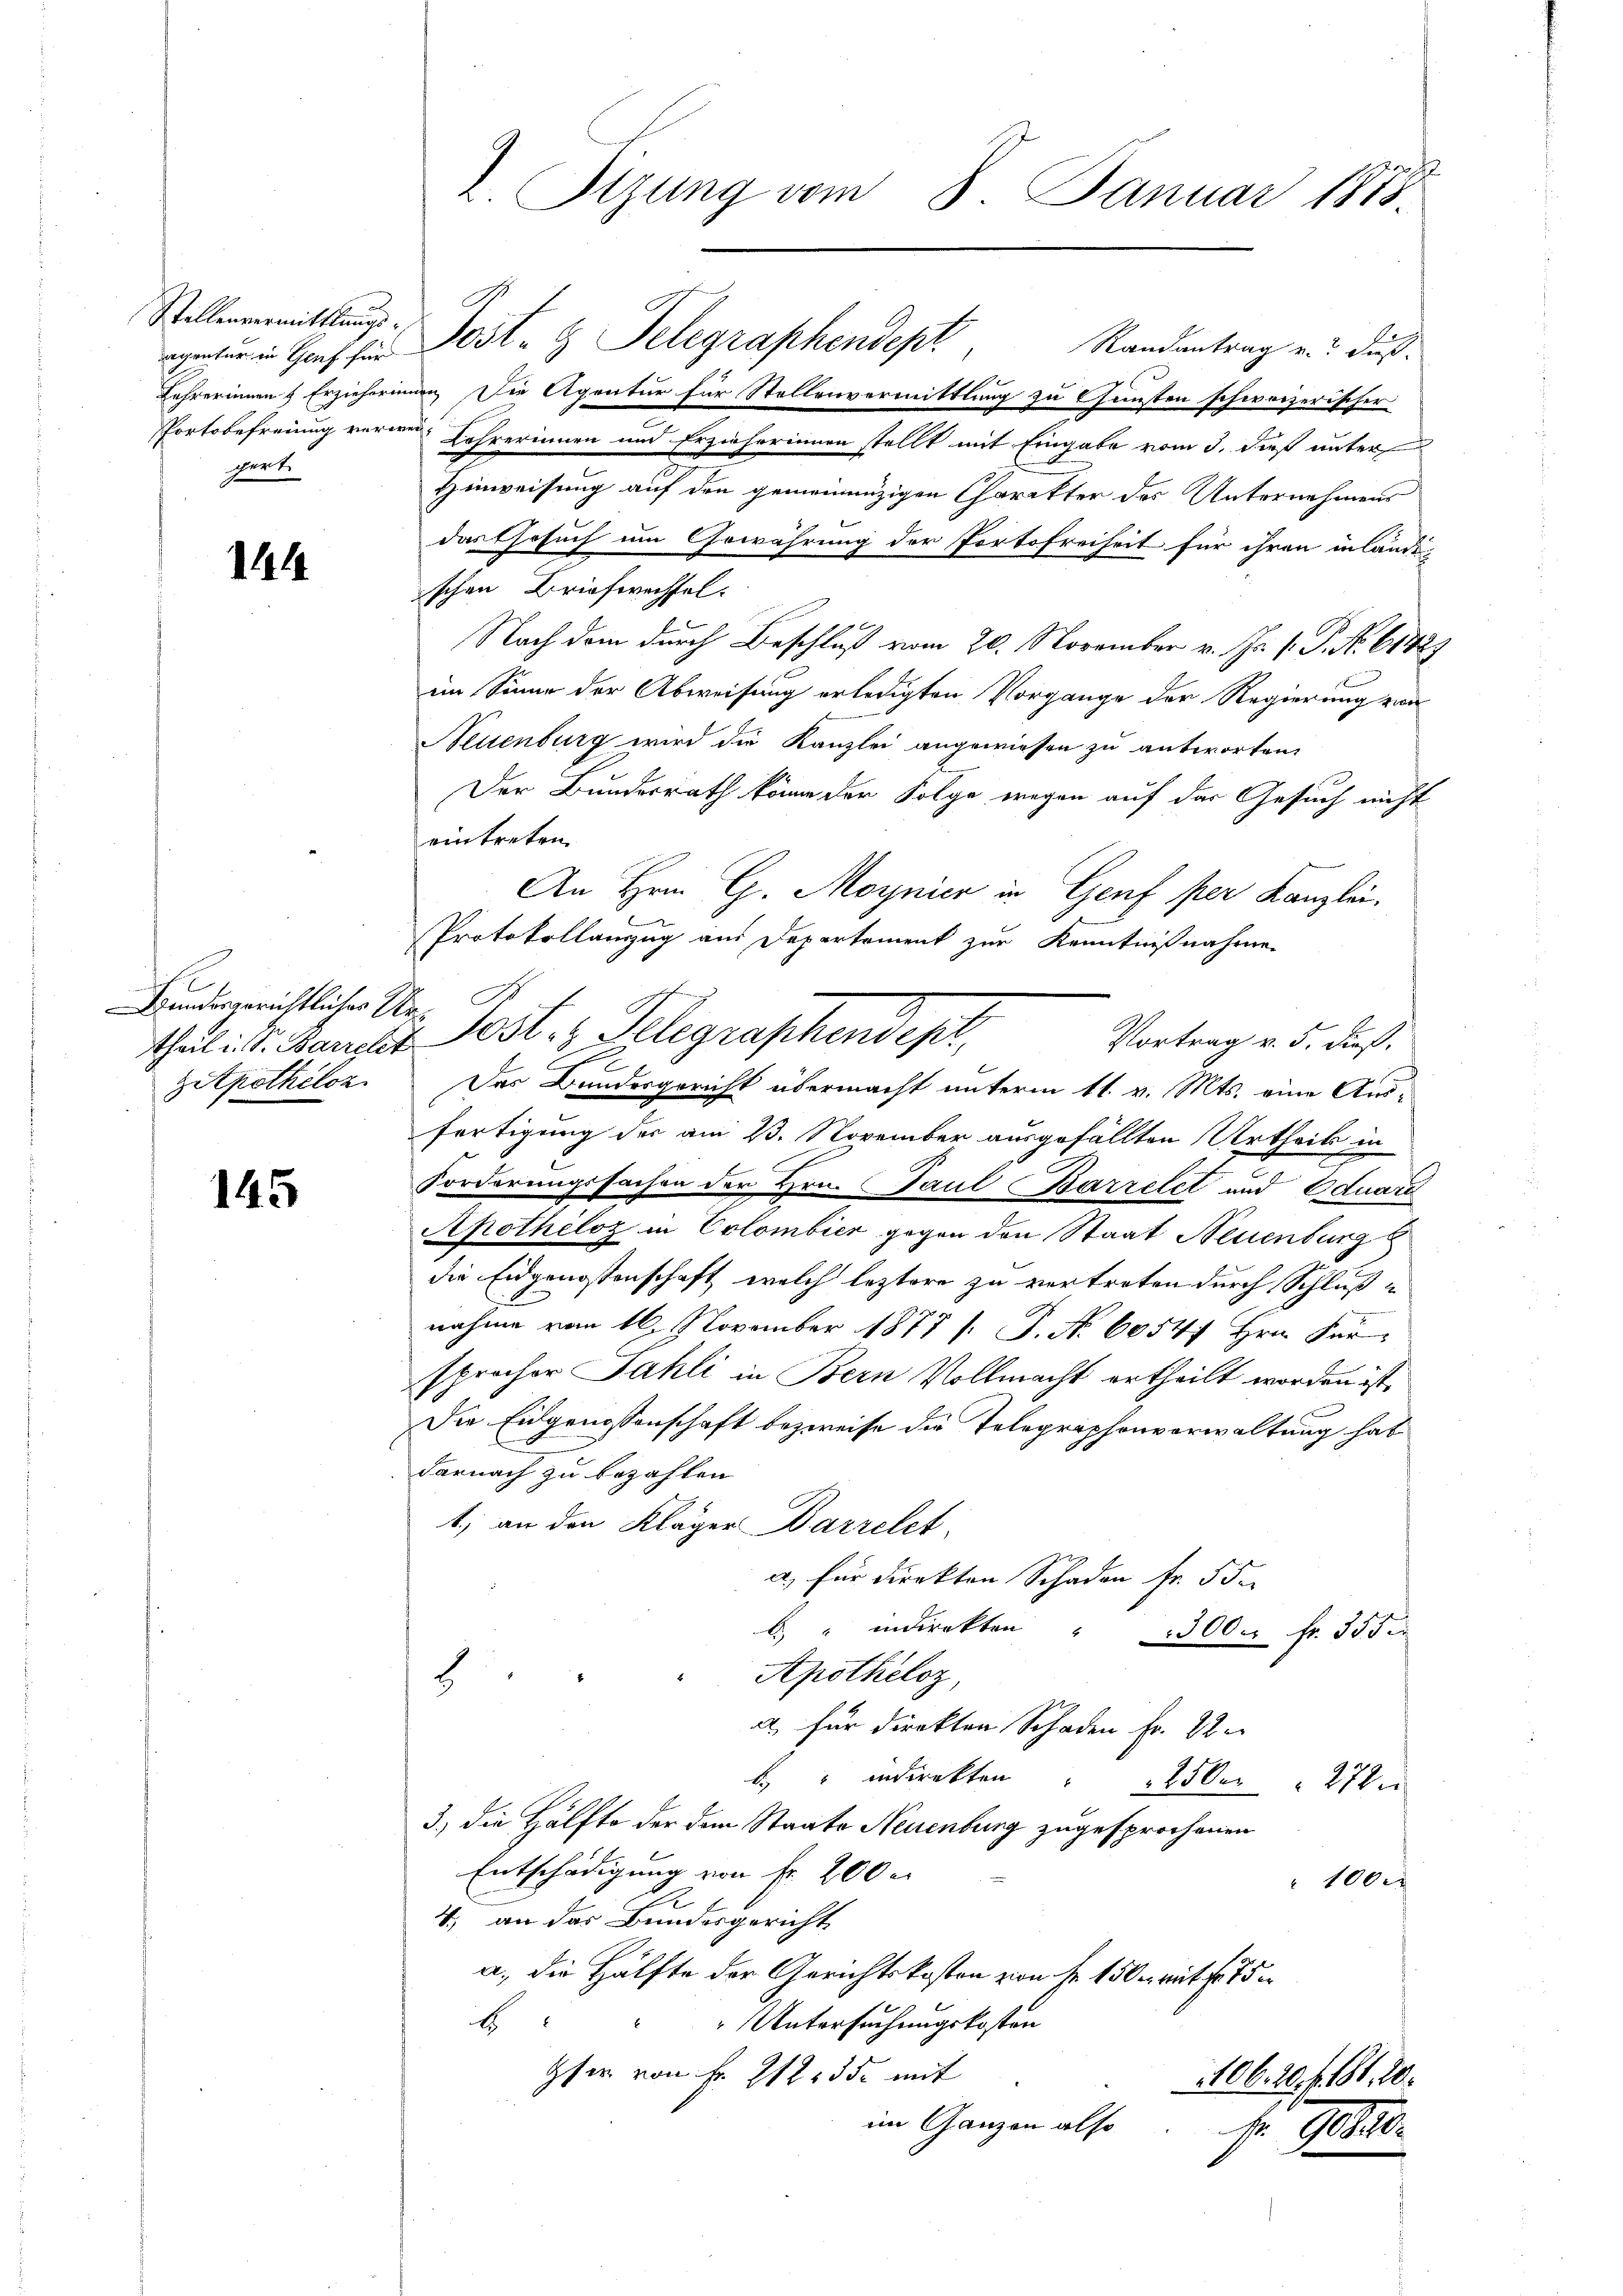
agentur in Genf für
gert.

1

Bundergerichtliches Ur¬
Zetpothelon

145

Stellensmittlung Jost Telegraphendept, Randantrag u. dus.
Lehrerinnen & Erzieheringen Die Agentur für Stellenvermittlung zu Gunsten schweizerischer
Portobefreiung verwein Lehrerinnen und Erzieherinnen stellt mit Eingabe vom 3. dieß unter
Hinweisung auf den gemeinenzigen Charakter des Unternehmens
f
das Gesuch um Gewährung der Portofreiheit für ihren inländeschen Briefwechsel.
Nach dem durch Beschluß vom 20. November v. Js. v. P. Nr. 6142)
im Sinne der Abweisung erledigten Vorgange der Regierung zwa
Neuenburg wird die Kanzlei angewiesen zu antworten.
Der Bundesrath könne der Folge wegen auf das Gesuch nicht
eintreten.
An Hrn. G. Moynier in Genf per Kanzlei.
e
Protokollanzug aus Departement zur Kenntnißnahme
Thuli d. Bandes Post z. Telegraphendepr
s
Das Bundesgericht übermacht unterm 11. v. Mts. eine Ausfertigung der am 23. November ausgefällten Urtheils in
Forderungssachen der Hrn. Paul Barrelet und Eduara
Apothéloz in Colombier gegen den Staat Neuenburg b
die Eidgenossenschaft, welch leztere zu vertreten durch Schlußnahme vom 16. November 1877 s. S. Nr. 6054f Hrn. Fürsprocher Fahli in Bern Vollmacht ertheilt worden ist,
Die Eidgenossenschaft bezweife die Telegraphonverwaltung hat
Darnach zu bezahlen
1) an den Kläger Darrelet
a) für direkton Schaden fr. 55.
" indirekten
500. fr. 355.
" Apotheloz,
a) für direkten Schaden Fr. 22
" indirekten             250 n 272
3.) die Hälfte der dem Staate Neuenburg zugesprochenen
Entschädigung von fr. 200 e
1000f
4, an das Bundesgericht
a., die Hälfte der Gerichtskosten von Fr. 150 mit fr. 75
Untersuchungskosten
E
Gfer von Fr. 212535. mit
1106. 20 f. 81. 20.
im Ganzen also
se Geb

I. Sizung vom 8. Januar 1888.

Vortrag v. 5. dieß.